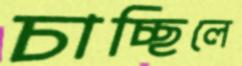
চাচ্ছিলে